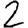
Digit: 2